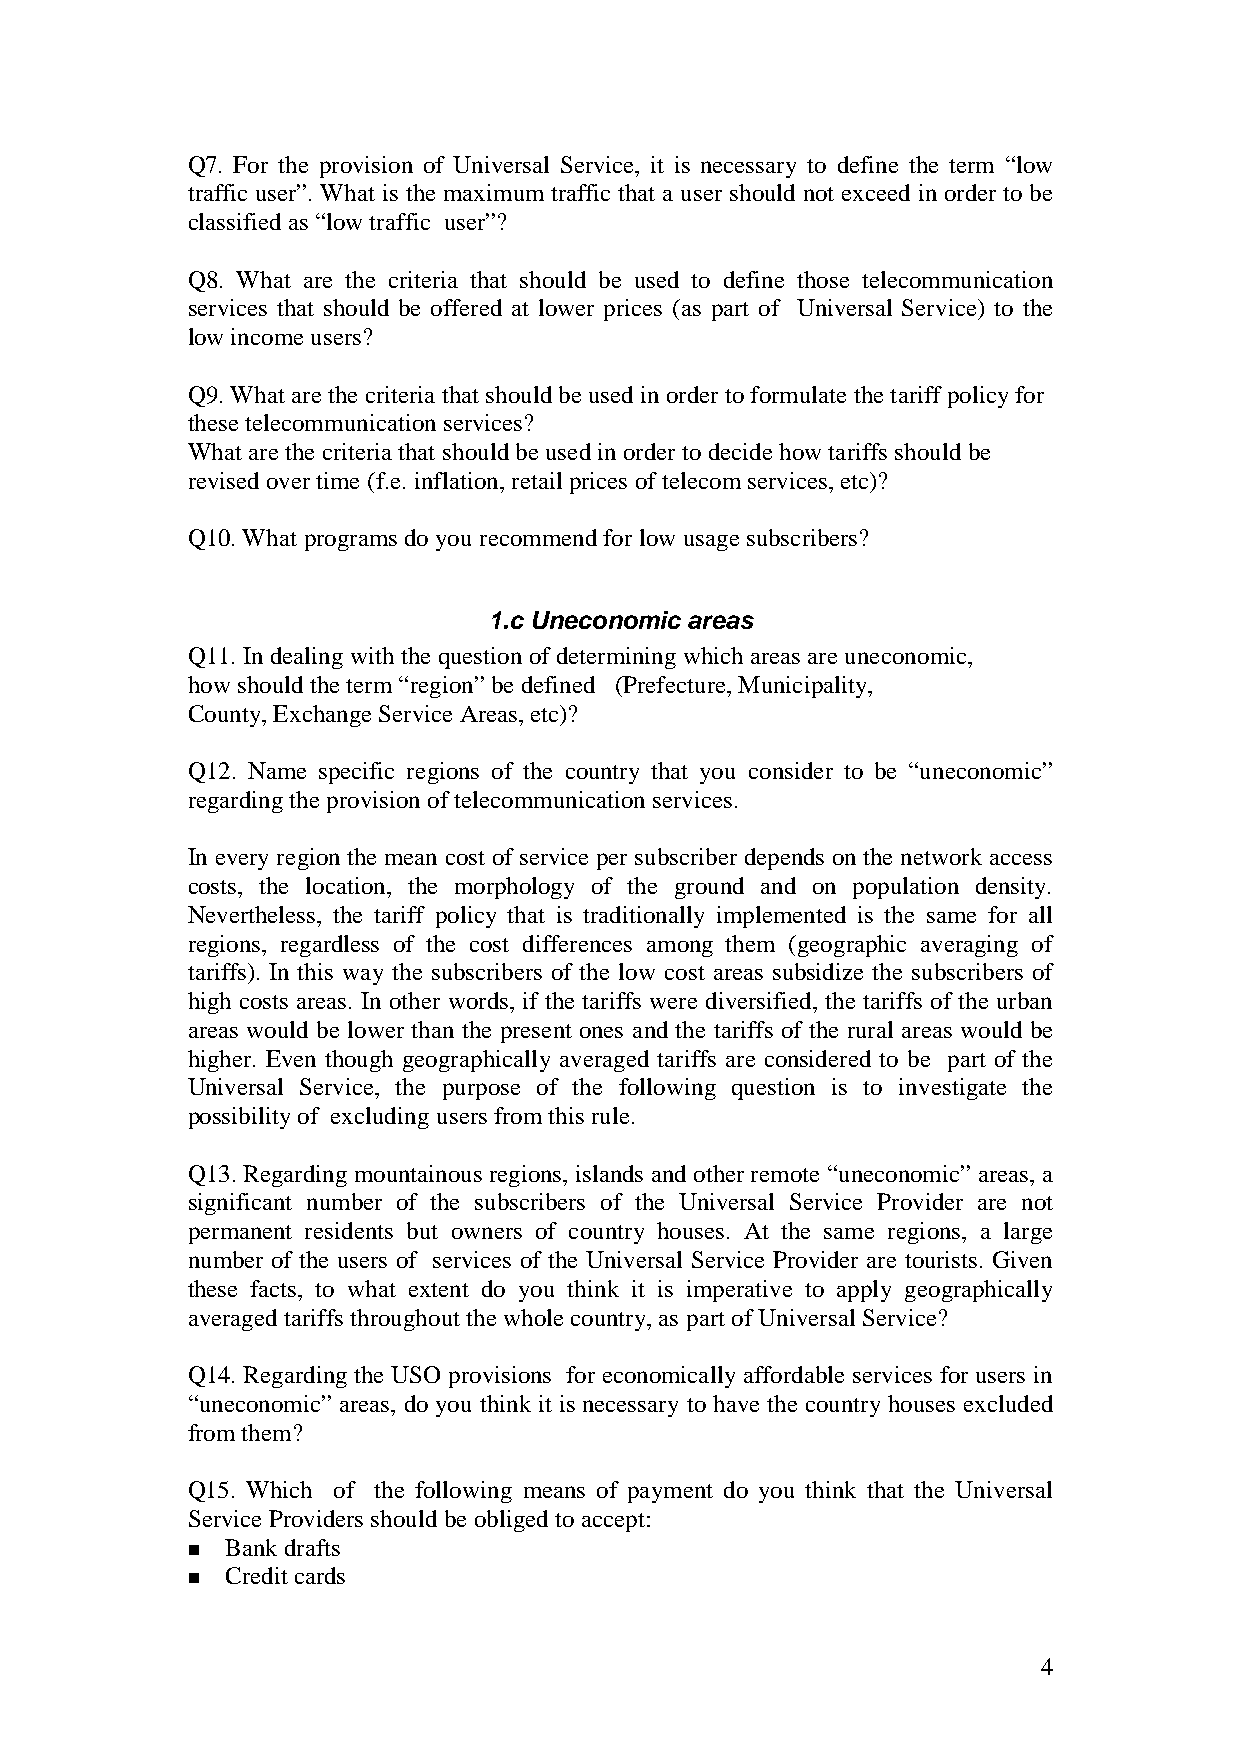
Q7. For the provision of Universal Service, it is necessary to define the term “low
 traffic user”. What is the maximum traffic that a user should not exceed in order to be
 classified as “low traffic user”?
 Q8. What are the criteria that should be used to define those telecommunication
 services that should be offered at lower prices (as part of Universal Service) to the
 low income users?
 Q9. What are the criteria that should be used in order to formulate the tariff policy for
 these telecommunication services?
 What are the criteria that should be used in order to decide how tariffs should be
 revised over time (f.e. inflation, retail prices of telecom services, etc)?
 Q10. What programs do you recommend for low usage subscribers?
 1.c Uneconomic areas
 Q11. In dealing with the question of determining which areas are uneconomic,
 how should the term “region” be defined (Prefecture, Municipality,
 County, Exchange Service Areas, etc)?
 Q12. Name specific regions of the country that you consider to be “uneconomic”
 regarding the provision of telecommunication services.
 In every region the mean cost of service per subscriber depends on the network access
 costs, the location, the morphology of the ground and on population density.
 Nevertheless, the tariff policy that is traditionally implemented is the same for all
 regions, regardless of the cost differences among them (geographic averaging of
 tariffs). In this way the subscribers of the low cost areas subsidize the subscribers of
 high costs areas. In other words, if the tariffs were diversified, the tariffs of the urban
 areas would be lower than the present ones and the tariffs of the rural areas would be
 higher. Even though geographically averaged tariffs are considered to be part of the
 Universal Service, the purpose of the following question is to investigate the
 possibility of excluding users from this rule.
 Q13. Regarding mountainous regions, islands and other remote “uneconomic” areas, a
 significant number of the subscribers of the Universal Service Provider are not
 permanent residents but owners of country houses. At the same regions, a large
 number of the users of services of the Universal Service Provider are tourists. Given
 these facts, to what extent do you think it is imperative to apply geographically
 averaged tariffs throughout the whole country, as part of Universal Service?
 Q14. Regarding the USO provisions for economically affordable services for users in
 “uneconomic” areas, do you think it is necessary to have the country houses excluded
 from them?
 Q15. Which of the following means of payment do you think that the Universal
 Service Providers should be obliged to accept:
 Bank drafts
 !
 Credit cards
 !
 4